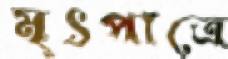
মৃৎপাত্রে